Annual report of the Punjab Veterinary College and of the Civil Veterinary Department, Punjab - 1909-1919
Year: 1909
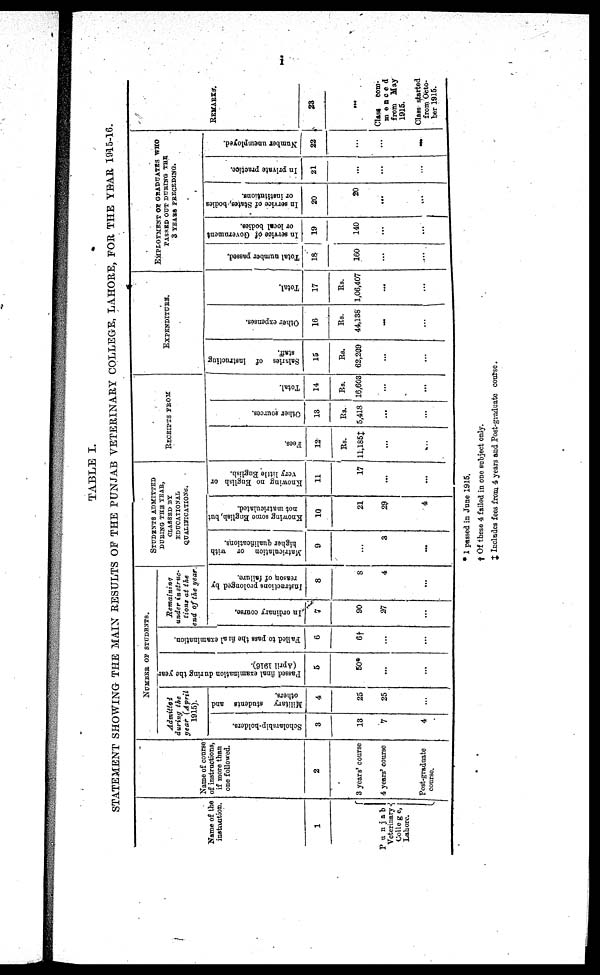
i
TABLE I.
STATEMENT SHOWING THE MAIN RESULTS OF THE PUNJAB VETERINARY COLLEGE, LAHORE, FOR THE YEAR 1915-16.
Name of the
institution.
1
Punjab
Veterinary
College,
Lahore.
Name of course
of instructions,
if more than
one followed.
2
3 years' course
4 years' course
Post-graduate
course.
NUMBER OF STUDENTS.
Admitted
during the
year (April
1915).
Scholarship-holders.
3
13
7
4
Military students and
others.
4
25
25
...
Passed final examination during the year
(April 1916).
5
50*
...
...
Failed to pass the fira1 examination.
6
6†
...
...
Remaining
under instruc-
tions at the
end of the year.
In ordinary course.
7
90
27
...
Instructions
prolonged by
reason of failure.
8
8
4
....
DURING THE YEAR,
CLASSED BY
EDUCATIONAL
QUALIFICATIONS.
Matriculation or with
higher qualifications.
9
...
3
...
Knowing some English, hut
not matriculated.
10
21
29
4
Knowing no English or
Very little English.
11
17
...
....
RECEIPTS FROM
Fees.
12
Rs.
11,185‡
...
...
Other sources.
13
Rs.
5,418
...
...
Total.
14
Rs.
16,603
...
...
EXPENDITURE.
Salaries of instructing
staff.
15
Rs.
62,269
...
...
Other expenses.
16
Rs.
44,138
...
...
...
Total.
17
Rs.
1,06,407
...
...
...
EMPLOYMENT OF GRADUATES WHO
PASSED OUT DURING THE
3 YEARS PRECEDING.
Total number passed.
18
160
...
...
...
In service of Government
or local bodies.
19
140
....
....
In service of States, bodies
or institutions.
20
20
....
...
In private practice.
21
...
...
...
Number unemployed.
22
...
...
...
REMARKS.
23
...
Class com-
menced
from May
1915.
Class started
from Octo-
ber 1915.
* 1 passed in June 1915.
† Of these 4 failed in one subject only.
‡ Includes fees from 4 years and Post-graduate course.